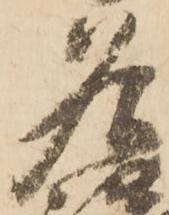
名